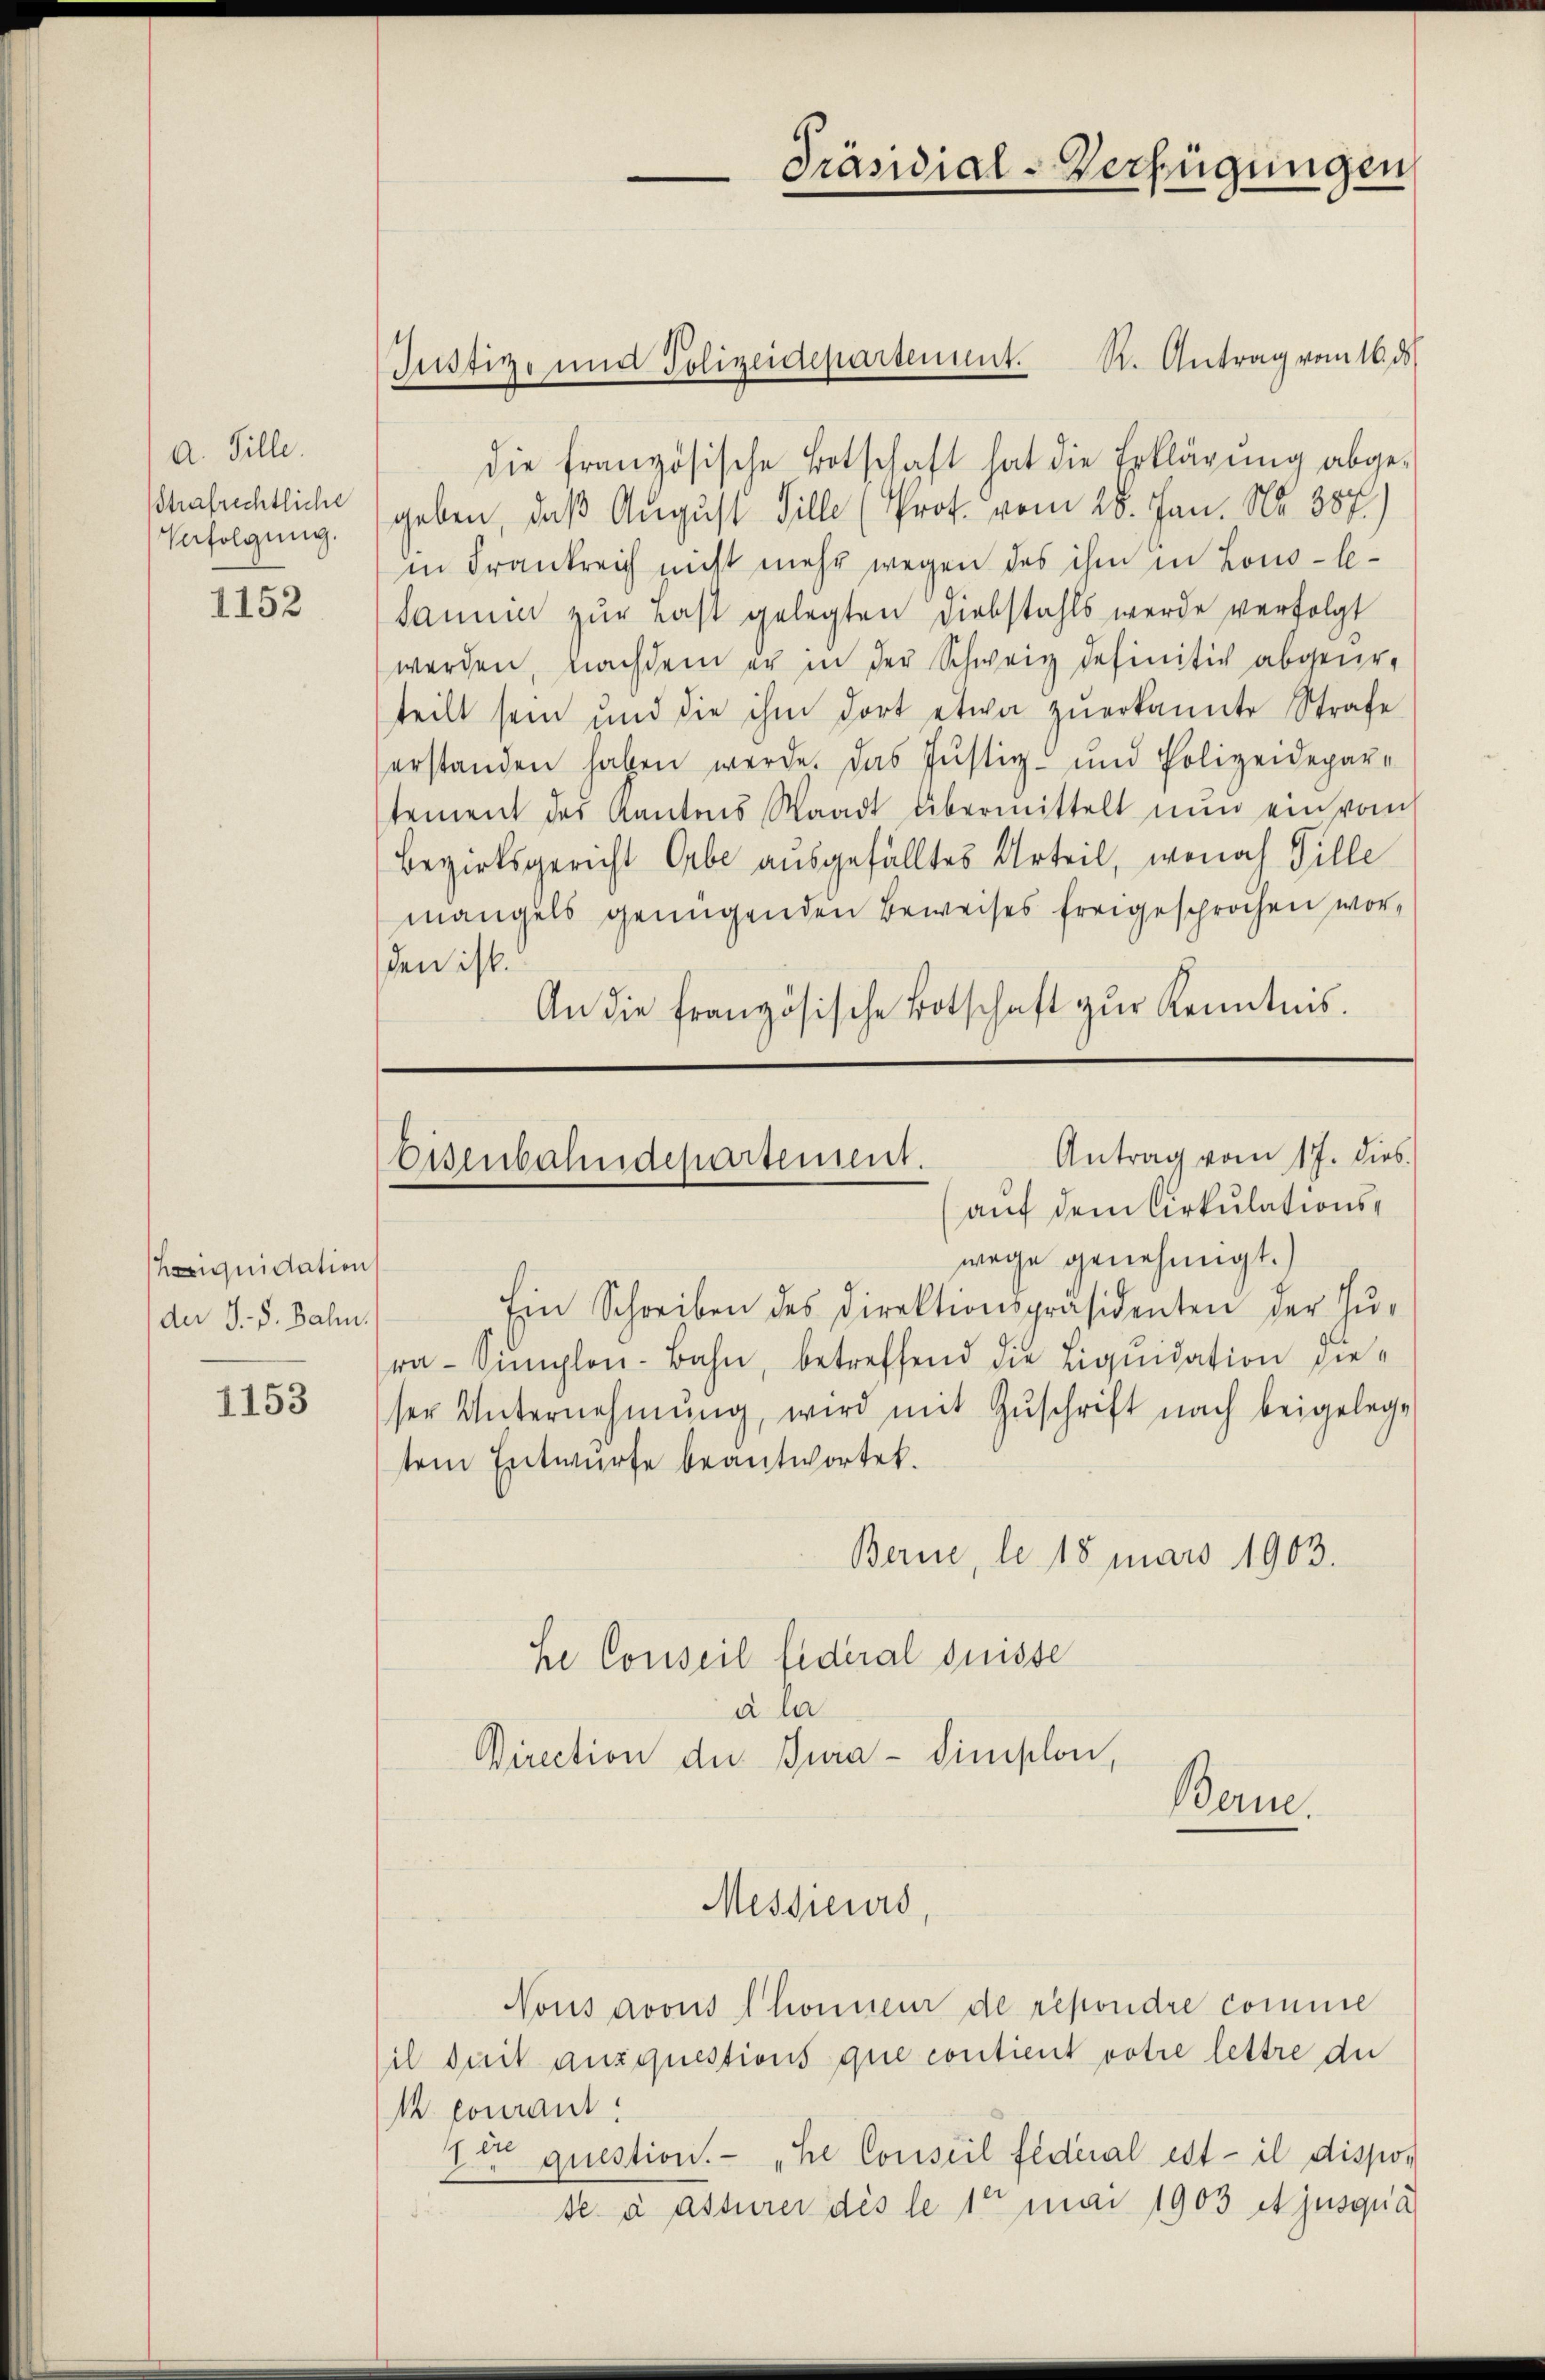
A. Tille.
Strafrechtliche
Verfolgung.

1152

iquidation
der J. J. Bahn.

1153

Justiz- und Polizeidepartement. R. Antrag vom 16. ds.

die französische Botschaft hat die Erklärung abgegeben, daß August Gille (Prot. vom 28. Jan. Nr. 387.)
in Frankreich nicht mehr wegen des ihm in Lous-C¬
Sannia zur Last gelegten Diebstahls werde verfolgt
werden, nachdem er in der Schweiz definitiv abgeurteilt sein und die ihm dort etwa zuerkannte Strafe
erstanden haben werde. Das Justiz- und Polizeidepar-
tement des Kantons Waadt übermittelt nun ein vom
Bezirksgericht Orbe ausgefälltes Urteil, wonach Tille
mangels genügenden Beweises freigesprochen worden ist.
An die französische Botschaft zur Kenntnis.

Antrag vom 17. dies
Eisenbahndepartement.
auf dem Cirkulations¬

wege genehmigt.)
Ein Schreiben des Direktionspräsidenten der Zu-
ra-Simplon-Bahn, betreffend die Liquidation dieser Unternehmŭng, wird mit Zŭschrift nach beigelege
tem Entwurfe beantwortet.
Berne, le 18 mars 1903.
Se Conseil fideral Suisse
a le
Direction der Jura-Simplon,
Berne.
Messieurs,
Nous avous Thonneur de répondre comme
il doit auxquestions que contient votre lettre du
 courant.
1 er
question. „Se Conseil federal est il dispos
se à assurer des le 1te mai 1903 et jusqua

Präsidial-Verfügungen